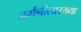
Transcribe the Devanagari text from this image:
जर्मनीसारख्या